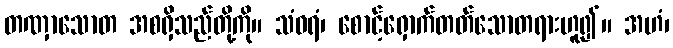
တဏှာသောတ အစရှိသည်တို့ကို။ သံဝရံ၊ စောင့်ရှောက်တတ်သောတရားဟူ၍။ အဟံ၊